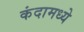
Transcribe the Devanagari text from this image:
कंदामध्ये